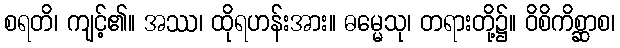
စရတိ၊ ကျင့်၏။ အဿ၊ ထိုရဟန်းအား။ ဓမ္မေသု၊ တရားတို့၌။ ဝိစိကိစ္ဆာစ၊